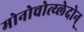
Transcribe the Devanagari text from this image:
मोनोचोत्य्लेदोन्